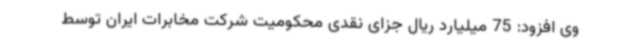
وی افزود: 75 میلیارد ریال جزای نقدی محکومیت شرکت مخابرات ایران توسط